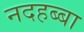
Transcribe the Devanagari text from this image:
नदहब्बा